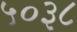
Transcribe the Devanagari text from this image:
५०३८